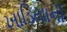
ખાડિયાની